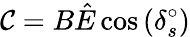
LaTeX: \mathcal{C}=B\hat{{E}}\cos{(\delta_{s}^{\circ})}